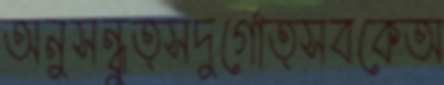
অনুসন্ধুত্সদুর্গোত্সবকেঅ